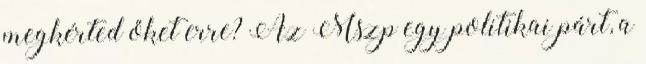
megkérted őket erre? Az Mszp egy politikai párt, a